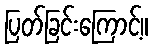
ပြတ်ခြင်းကြောင့်။